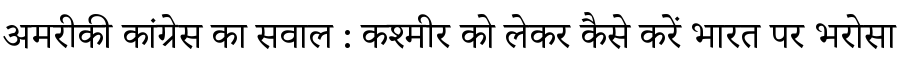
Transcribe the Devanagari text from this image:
अमरीकी कांग्रेस का सवाल : कश्मीर को लेकर कैसे करें भारत पर भरोसा